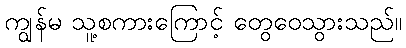
ကျွန်မ သူ့စကားကြောင့် တွေဝေသွားသည်။